Vaccination in the Punjab 1905-1918 - 1905-1918
Year: 1905
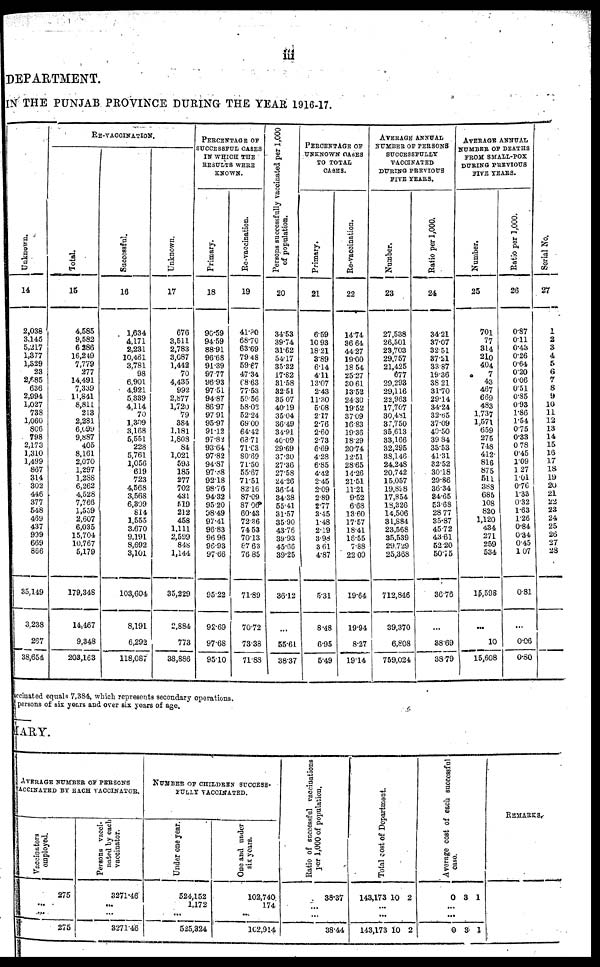
iii
DEPARTMENT.
IN THE PUNJAB PROVINCE DURING THE YEAR 1916-17.
Unknown.
14
2,038
3,145
5,217
1,377
1,329
23
2,685
636
2,994
1,027
738
1,060
806
798
2,173
1,310
1,499
867
314
302
446
377
548
469
437
999
669
866
35,149
3,238
267
38,654
RE-VACCINATION.
Total.
15
4,585
9,582
6,286
16,249
7,779
277
14,491
7,339
11,841
8,811
213
2,281
6,099
9,887
405
8,161
2,070
1,297
1,288
6,262
4,528
7,766
1,559
2,607
6,035
15,704
10,767
5,179
179,348
14,467
9,348
203,163
Successful.
16
1,634
4,171
2,231
10,461
3,781
98
6,901
4,921
5,339
4,114
70
1,309
3,168
5,551
228
5,761
1,056
619
723
4,568
3,568
6,309
814
1,555
3,670
9,191
8,692
3,101
103,604
8,191
6,292
118,087
Unknown.
17
676
3,511
2,783
3,087
1,442
70
4,435
992
2,877
1,720
79
384
1,181
1,808
84
1,021
593
185
277
702
431
519
212
458
1,111
2,599
848
1,144
35,229
2,884
773
38,886
PERCENTAGE OF
SUCCESSFUL CASES
IN WHICH THE
RESULTS WERE
KNOWN.
Primary.
18
90.59
94.59
88.91
96.68
91.39
97.77
96.93
97.51
94.87
86.97
97.91
95.97
91.12
97.82
93.64
97.82
94.87
97.88
92.18
98.76
94.32
95.20
98.49
97.41
96.83
96.96
96.93
97.66
95.22
92.69
97.68
95.10
Re-vaccination.
19
41.80
68.70
63.69
79.48
59.67
47.34
68.63
77.53
59.56
58.02
52.24
69.00
64.42
68.71
71.03
80.69
71.50
55.67
71.51
82.16
87.09
87.06
60.43
72.36
74.53
70.13
87.63
76.85
71.89
70.72
73.38
71.83
Persons successfully vaccinated per 1,000
of population.
20
34.53
39.74
31.62
54.17
35.32
17.82
31.58
32.51
35.07
40.19
35.04
36.49
34.91
40.09
29.69
37.30
27.36
27.58
24.26
36.54
34.38
55.41
31.57
35.90
43.76
39.93
45.66
39.25
36.12
...
55.61
38.37
PERCENTAGE OF
UNKNOWN CASES
TO TOTAL
CASES.
Primary.
21
6.59
10.93
18.21
3.89
6.14
4.11
13.07
2.43
11.30
5.08
2.17
2.76
2.60
2.73
6.69
4.28
6.85
4.42
2.45
2.09
2.89
2.77
3.15
1.48
2.19
3.98
3.61
4.87
5.31
8.48
6.95
5.49
Re-vaccination.
22
14.74
36.64
44.27
19.00
18.54
25.27
30.61
13.52
24.30
19.52
37.09
16.83
19.36
18.29
20.74
12.51
28.65
14.26
21.51
11.21
9.52
6.68
13.60
17.57
18.41
18.55
7.88
22.00
19.64
19.94
8.27
19.14
AVERAGE ANNUAL
NUMBER OF PERSONS
SUCCESSFULLY
VACCINATED
DURING PREVIOUS
FIVE YEARS.
Number.
23
27,538
26,501
23,703
29,757
21,425
677
29,293
29,116
22,963
17,707
30,481
37,750
35,613
33,166
32,295
38,146
24,248
20,742
15,057
19,898
17,854
18,326
14,506
31,884
23,568
35,539
29,729
25,368
712,846
39,370
6,808
759,024
Ratio per 1,000.
24
34.21
37.07
32.51
37.21
33.87
19.36
38.21
31.70
29.14
34.24
32.65
37.09
40.50
39.84
33.53
41.31
32.52
30.18
29.86
36.34
34.65
53.68
28.77
35.87
45.72
43.61
52.20
50.75
36.76
...
38.69
38.79
AVERAGE ANNUAL
NUMBER OF DEATHS
FROM SMALL-POX
DURING PREVIOUS
FIVE YEARS.
Number.
25
701
77
314
210
404
7
43
467
669
483
1,737
1,571
659
275
748
412
816
875
511
388
685
108
820
1,120
434
271
259
534
15,598
...
10
15,608
Ratio per 1,000.
26
0.87
0.11
0.43
0.26
0.64
0.20
0.06
0.51
0.85
0.93
1.86
1.54
0.75
0.33
0.78
0.45
1.09
1.27
1.01
0.76
1.33
0.32
1.63
1.26
0.84
0.34
0.45
1.07
0.81
...
0.06
0.80
Serial No.
27
1
2
3
4
5
6
7
8
9
10
11
12
13
14
15
16
17
18
19
20
21
22
23
24
25
26
27
28
ccinated equals 7,384, which represents secondary operations.
persons of six years and over six years of age.
ARY.
AVERAGE NUMBER OF PERSONS
VACCINATED BY EACH VACCINATOR.
Vaccinators
employed.
275
...
...
275
Persons vacci-
nated by each
vaccinator.
3271.46
...
...
3271.46
NUMBER OF CHILDREN SUCCESS¬
FULLY VACCINATED.
Under one year.
524,152
1,172
...
525,324
One and under
six years.
102,740
174
...
102,914
Ratio of successful vaccinations
per 1,000 of population.
38.37
...
...
38.44
Tot al c os t of De pa r
t
me nt .
143,173 10 2
...
...
143,173 10 2
Ave r
a ge cost of each successful
case.
0 3 1
...
...
0 3 1
REMARKS.